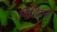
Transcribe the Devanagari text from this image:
विहियर